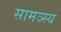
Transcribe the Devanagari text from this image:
सामञ्स्य